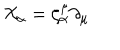
LaTeX: { \cal X } _ { \alpha } = \zeta _ { \alpha } ^ { \mu } \partial _ { \mu }